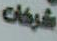
شركات